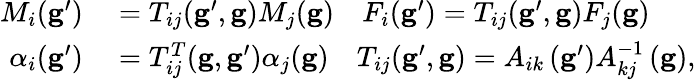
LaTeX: \begin{array}{rl}{M_{i}(\mathbf{g}^{\prime})}&{{}=T_{ij}(\mathbf{g}^{\prime},\mathbf{g})M_{j}(\mathbf{g})\quad F_{i}(\mathbf{g}^{\prime})=T_{ij}(\mathbf{g}^{\prime},\mathbf{g})F_{j}(\mathbf{g})}\\ {\alpha_{i}(\mathbf{g}^{\prime})}&{{}=T_{ij}^{T}(\mathbf{g},\mathbf{g}^{\prime})\alpha_{j}(\mathbf{g})\quad T_{ij}(\mathbf{g}^{\prime},\mathbf{g})=A_{ik}\left(\mathbf{g}^{\prime}\right)A_{kj}^{-1}\left(\mathbf{g}\right),}\end{array}